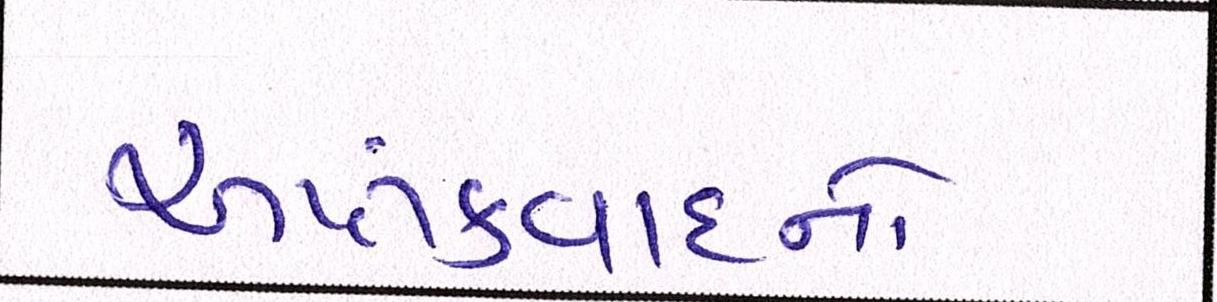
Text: આતંકવાદનો